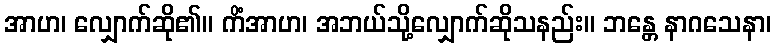
အာဟ၊ လျှောက်ဆို၏။ ကိံအာဟ၊ အဘယ်သို့လျှောက်ဆိုသနည်း။ ဘန္တေ နာဂသေနာ၊